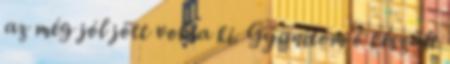
az még jól jött volna ki. Gyanítom ő készült